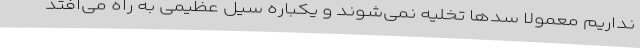
نداریم معمولا سدها تخلیه نمی‌شوند و یکباره سیل عظیمی به راه می‌افتد